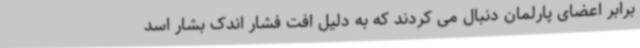
برابر اعضای پارلمان دنبال می کردند که به دلیل افت فشار اندک بشار اسد